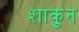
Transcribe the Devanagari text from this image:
शाकुन